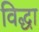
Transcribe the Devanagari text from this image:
विद्धा